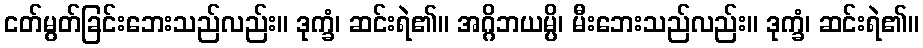
ငတ်မွတ်ခြင်းဘေးသည်လည်း။ ဒုက္ခံ၊ ဆင်းရဲ၏။ အဂ္ဂိဘယမ္ပိ၊ မီးဘေးသည်လည်း။ ဒုက္ခံ၊ ဆင်းရဲ၏။